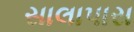
સાલાપાસ